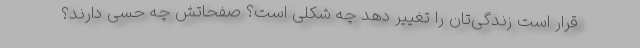
قرار است زندگی‌تان را تغییر دهد چه شکلی است؟ صفحاتش چه حسی دارند؟